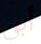
أبي